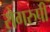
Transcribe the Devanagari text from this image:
रोगरुपी